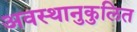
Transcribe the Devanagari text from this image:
अवस्थानुकुलित